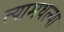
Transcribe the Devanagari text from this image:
त्यामधल्या